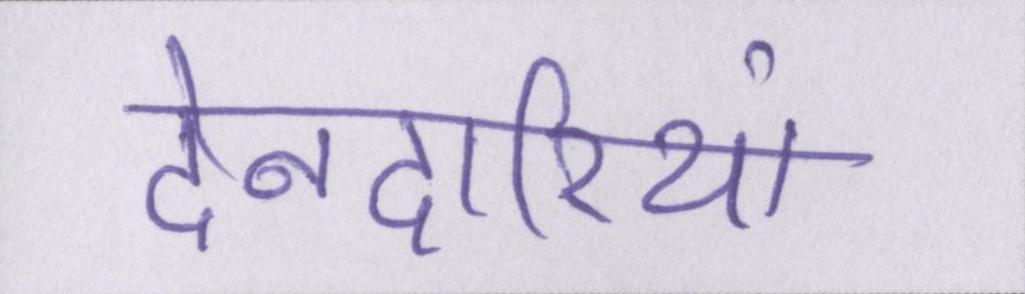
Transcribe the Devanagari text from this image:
देनदारियां